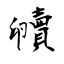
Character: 贕